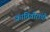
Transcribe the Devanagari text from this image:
क्रांतिवीरांची